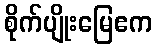
စိုက်ပျိုးမြေဧက